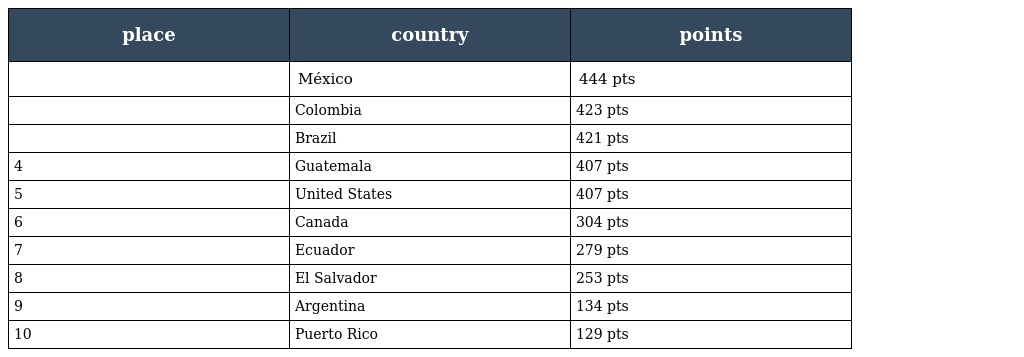
| place | country | points |
 | --- | --- | --- |
 |  | México | 444 pts |
 |  | Colombia | 423 pts |
 |  | Brazil | 421 pts |
 | 4 | Guatemala | 407 pts |
 | 5 | United States | 407 pts |
 | 6 | Canada | 304 pts |
 | 7 | Ecuador | 279 pts |
 | 8 | El Salvador | 253 pts |
 | 9 | Argentina | 134 pts |
 | 10 | Puerto Rico | 129 pts |